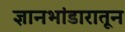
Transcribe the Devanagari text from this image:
ज्ञानभांडारातून